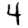
Digit: 4